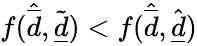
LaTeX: f(\hat{\overline{d}},\tilde{\underline{d}})<f(\hat{\overline{d}},\hat{\underline{d}})